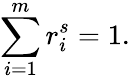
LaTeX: \sum_{i=1}^{m}r_{i}^{s}=1.